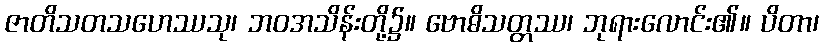
ဇာတိသတသဟေဿသု၊ ဘဝအသိန်းတို့၌။ ဗောဓိသတ္တဿ၊ ဘုရားလောင်း၏။ ပိတာ၊